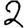
Digit: 2